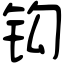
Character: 钩